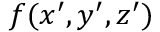
f ( x ^ { \prime } , y ^ { \prime } , z ^ { \prime } )